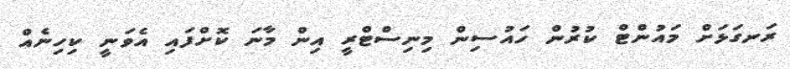
ރަނގަޅަށް މައުންޓް ކުރުން ހައުސިން މިނިސްޓްރީ އިން މާނަ ކޮށްފައި އެވަނީ ކިހިނެއް